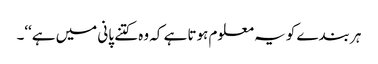
ہر بندے کو یہ معلوم ہوتا ہے کہ وہ کتنے پانی میں ہے‘‘۔